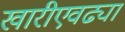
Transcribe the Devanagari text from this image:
खारीएवढ्या